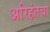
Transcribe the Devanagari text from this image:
अरिहंतचा